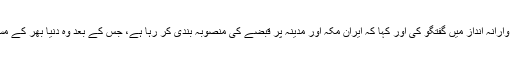
اُس انٹرویو میں محمد بن سلمان نے ایران کے بارے میں فرقہ وارانہ انداز میں گفتگو کی اور کہا کہ ایران مکہ اور مدینہ پر قبضے کی منصوبہ بندی کر رہا ہے، جس کے بعد وہ دنیا بھر کے مسلمانوں پر شیعہ نظریات نافذ کرکے حکمرانی کرنا چاہتا ہے۔